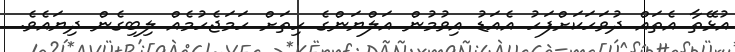
އުޅޭތާ އެތައް ދުވަހަކަށްފަހު އެއަޑު އިވުމުން އަލްޔަންގެ ހިތަށް ހަމަޖެހުމެއް ލިބިގެން ދިޔައެވެ.